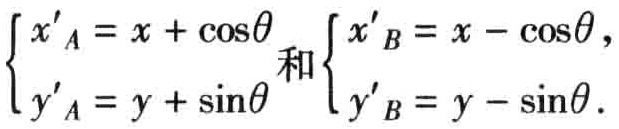
\(\begin{cases} x'_{A}=x + \cos\theta \\ y'_{A}=y + \sin\theta \end{cases}\)和\(\begin{cases} x'_{B}=x - \cos\theta \\ y'_{B}=y - \sin\theta \end{cases}\)